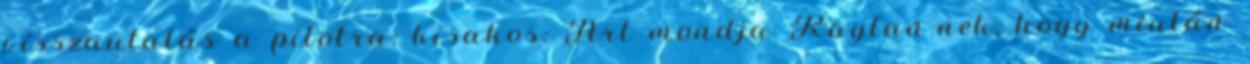
visszautalás a pilotra: kisakos: Art mondja Raylan-nek, hogy miután